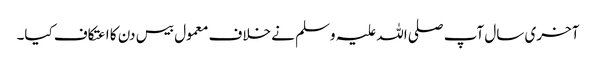
آخری سال آپ صلی اللہ علیہ وسلم نے خلاف معمول بیس دن کا اعتکاف کیا۔